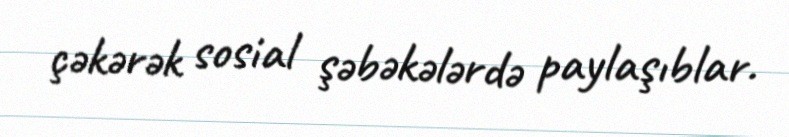
çəkərək sosial şəbəkələrdə paylaşıblar.